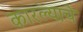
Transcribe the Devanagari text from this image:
कारल्याचे